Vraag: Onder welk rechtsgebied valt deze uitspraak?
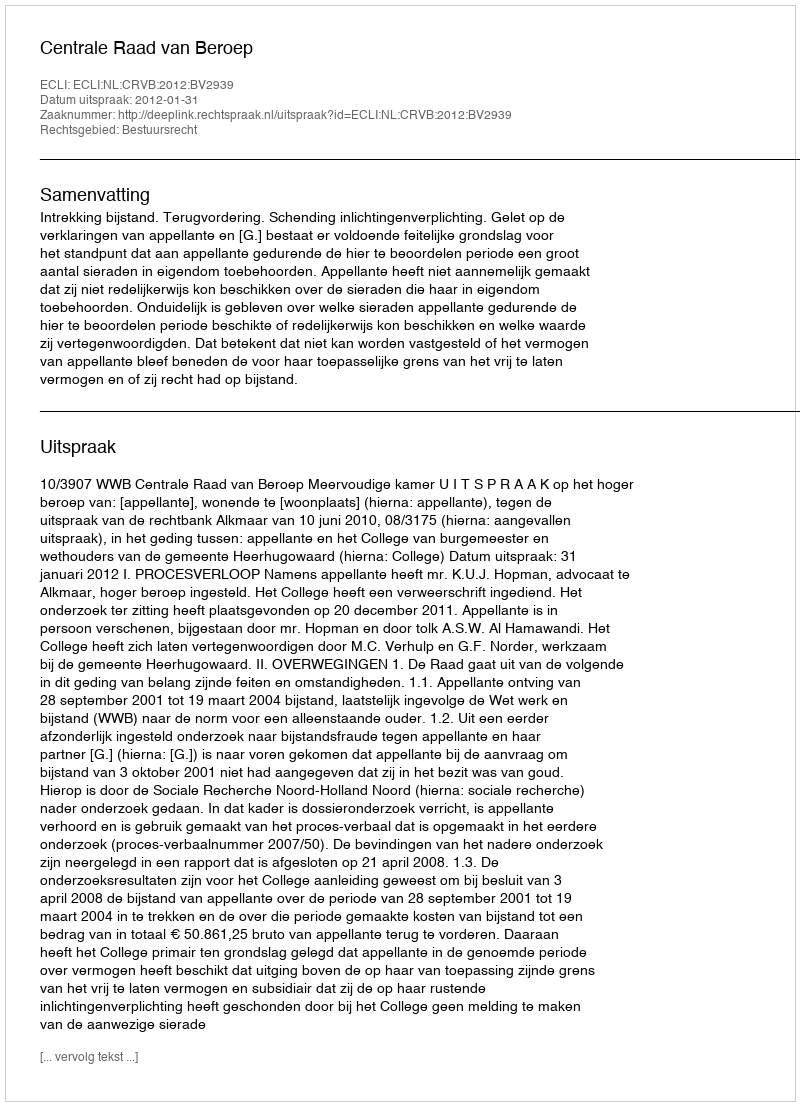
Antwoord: Bestuursrecht